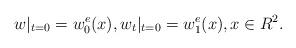
LaTeX: \begin{align*}w|_{t=0}=w^e_0(x),w_t|_{t=0}=w^e_1(x),x\in R^2.\end{align*}